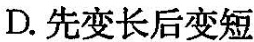
D.先变长后变短